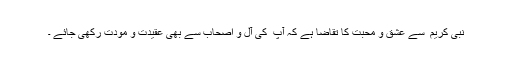
نبی کریم ۖ سے عشق و محبت کا تقاضا ہے کہ آپ ۖ کی آل و اصحاب سے بھی عقیدت و مودت رکھی جائے ۔